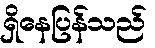
ရှိနေပြန်သည်